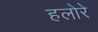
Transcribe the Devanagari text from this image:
हलोरे